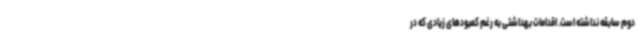
دوم سابقه نداشته است. اقدامات بهداشتی به رغم کمبودهای زیادی که در